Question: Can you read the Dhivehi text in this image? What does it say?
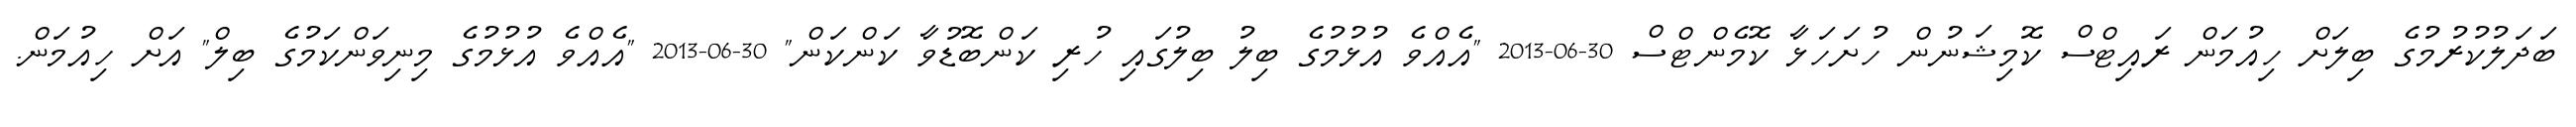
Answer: ބަދަލުކުރުމުގެ ބިލަށް ހިއުމަން ރައިޓްސް ކޮމިޝަނުން ހުށަހަޅާ ކޮމެންޓްސް 30-06-2013 "އެއްވެ އުޅުމުގެ ބިލު ބިލުގައި ހުރި ކަންބޮޑުވާ ކަންކަން" 30-06-2013 "އެއްވެ އުޅުމުގެ މިނިވަންކަމުގެ ބިލް" އަށް ހިއުމަން.